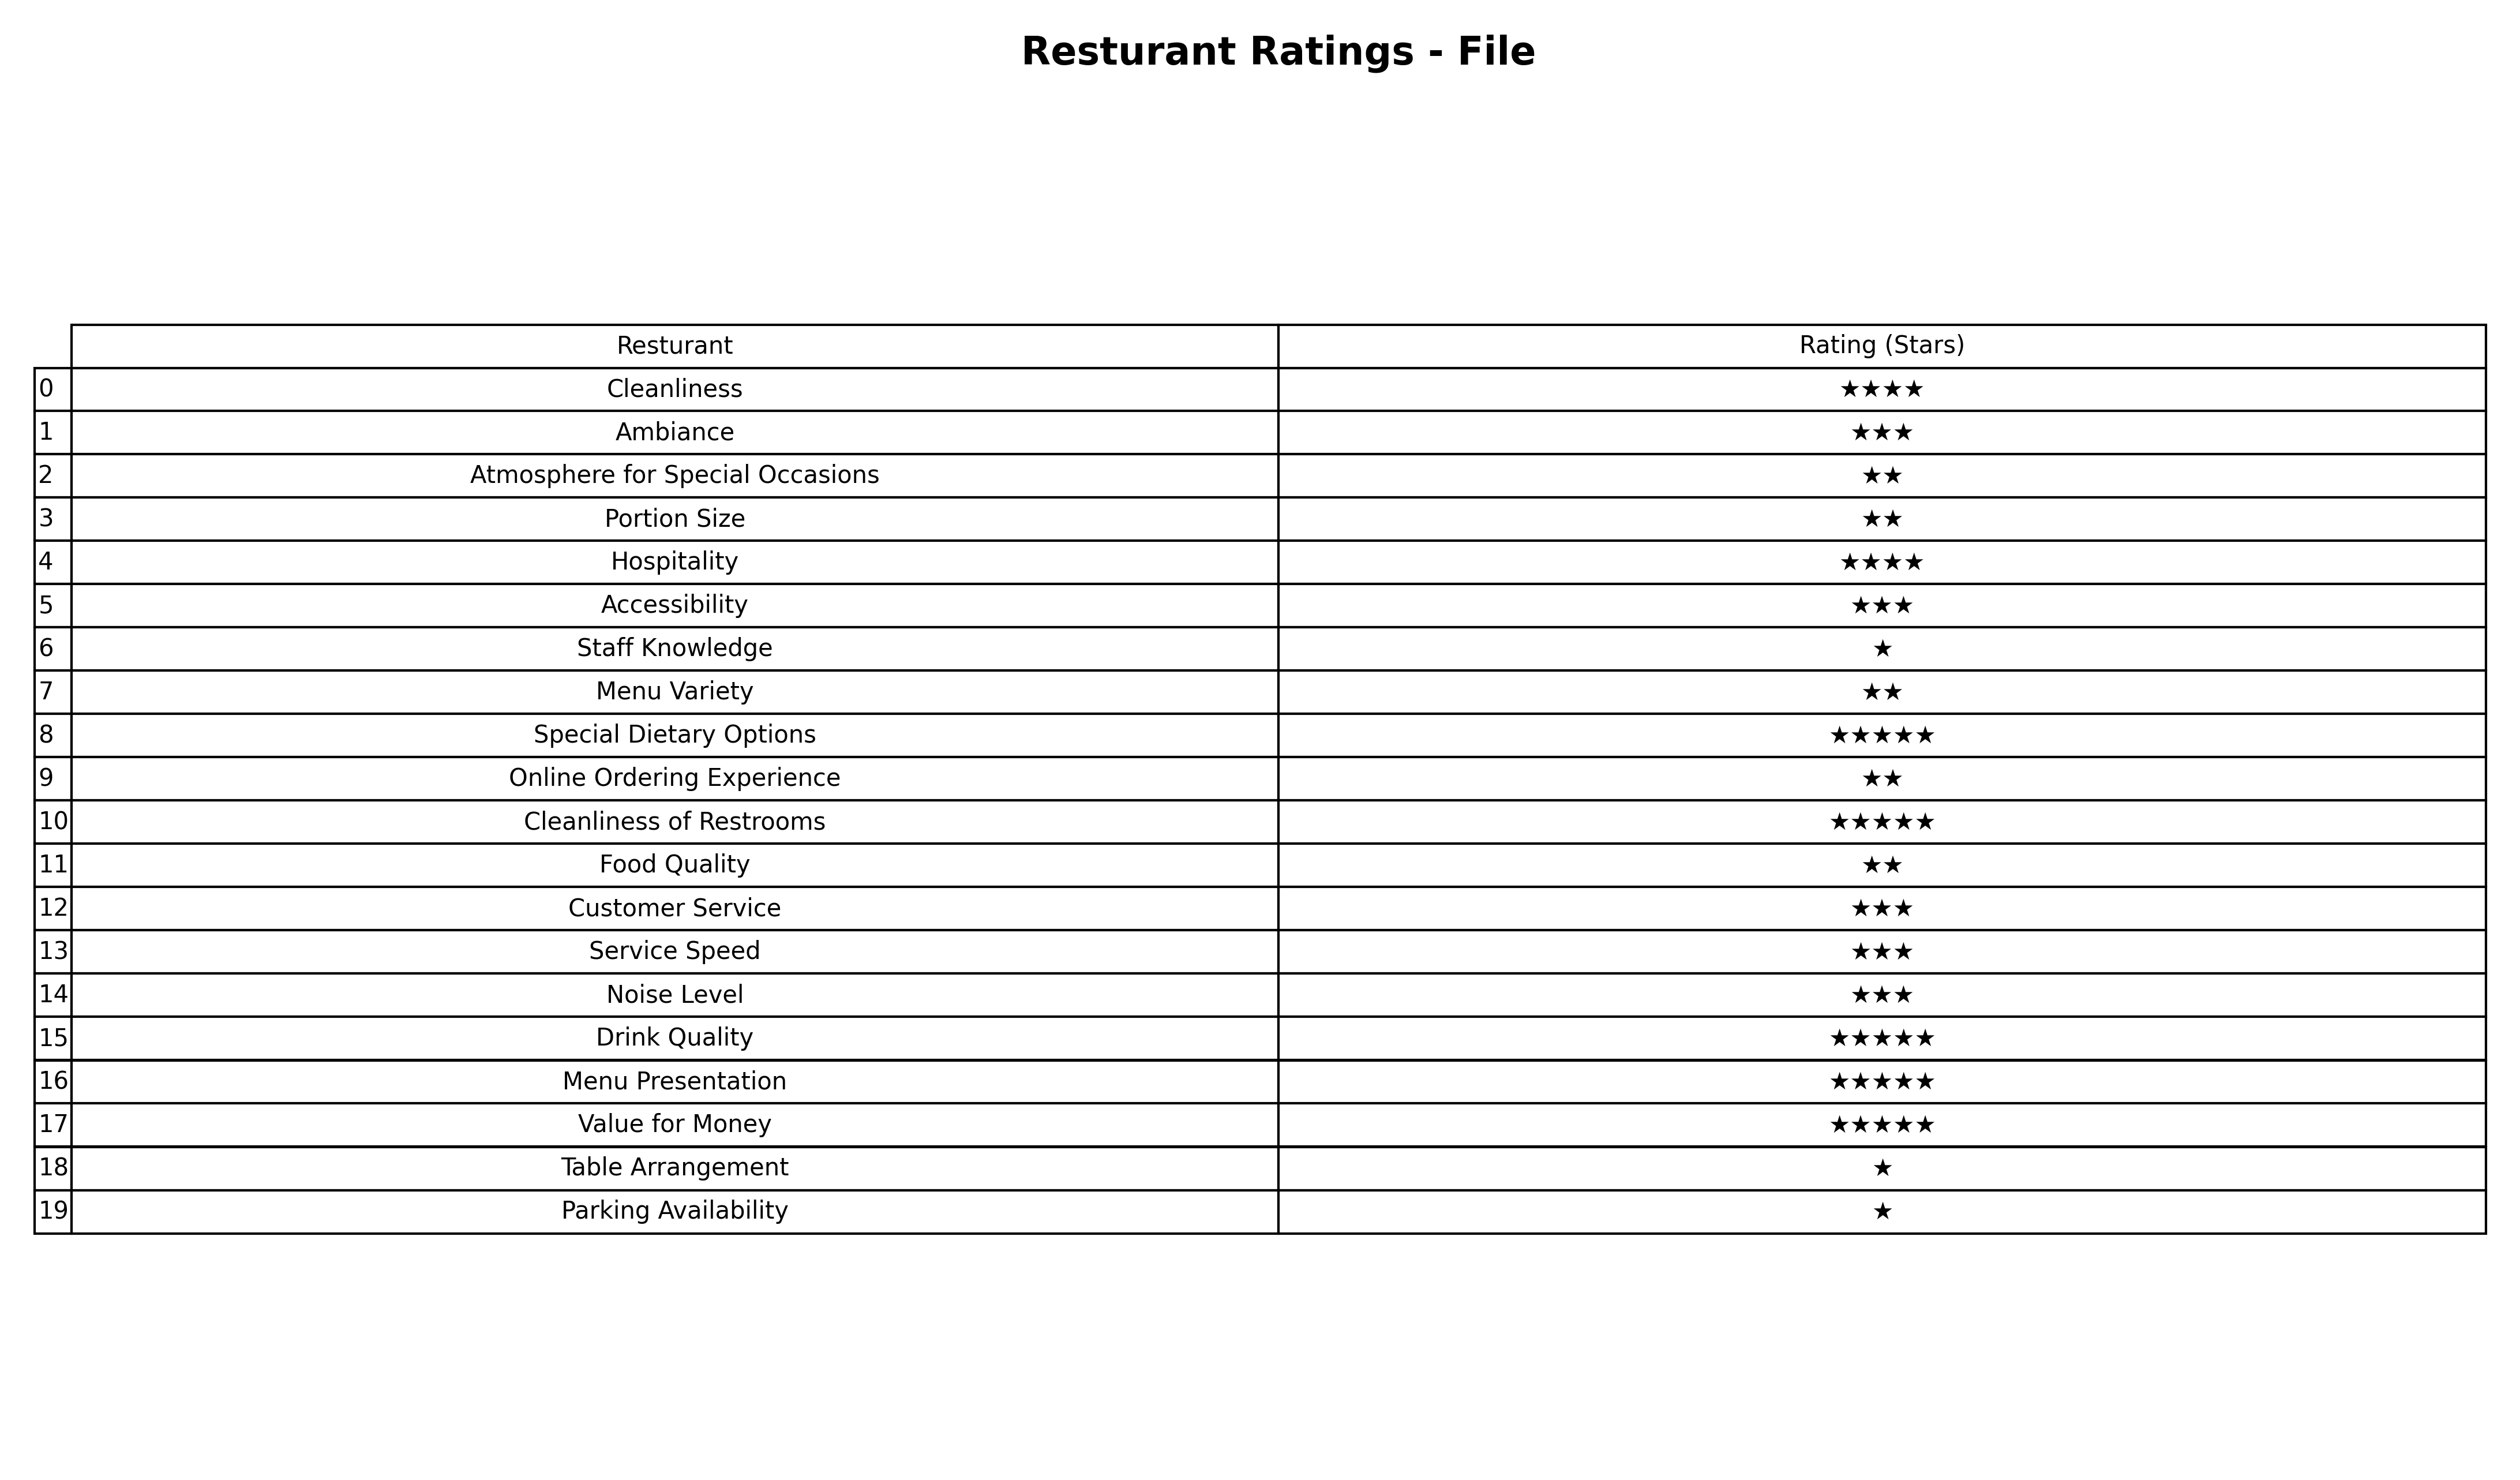
question: What is the rating of Atmosphere for Special Occasions?
answer: ★★